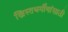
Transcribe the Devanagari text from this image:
ख्रिस्तधर्मीयांसाठी